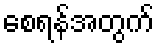
စေရန်အတွက်